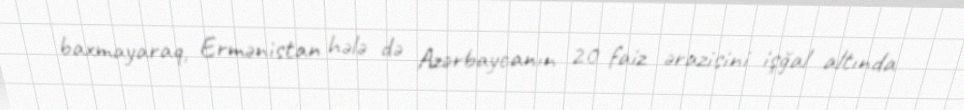
baxmayaraq, Ermənistan hələ də Azərbaycanın 20 faiz ərazisini işğal altında